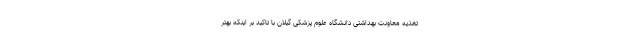
تغذیه معاونت بهداشتی دانشگاه علوم پزشکی گیلان با تاکید بر اینکه بهتر